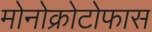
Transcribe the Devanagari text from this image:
मोनोक्रोटोफास